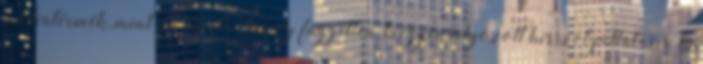
médiatermék, mint az Index, amely független, kiegyensúlyozott hírszolgáltatásra és